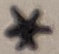
Text: *